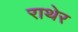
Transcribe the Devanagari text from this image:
राथेर